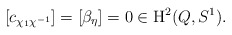
\begin{align*}\left[c_{\chi_1 \chi^{-1}}\right] = \left[\beta_\eta\right] = 0 \in \mathrm{H}^2(Q,S^1).\end{align*}